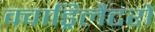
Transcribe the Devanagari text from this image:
क्वाड्रिलैटरो